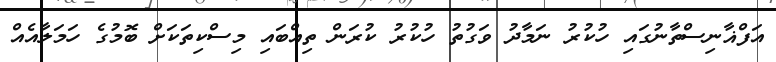
އަފްޣާނިސްތާނުގައި ހުކުރު ނަމާދު ވަގުތު ހުކުރު ކުރަން ތިއްބައި މިސްކިތަކަށް ބޮމުގެ ހަމަލާއެއް